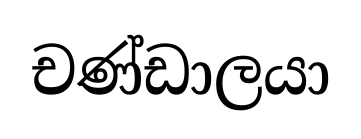
චණ්ඩාලයා